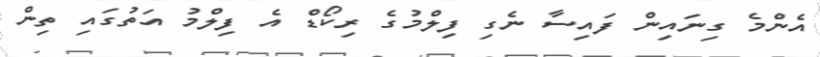
އެންމެ ގިނައިން ފައިސާ ނެގި ފިލްމުގެ ރިކޯޑް އެ ފިލްމު އަތުގައި ތިން